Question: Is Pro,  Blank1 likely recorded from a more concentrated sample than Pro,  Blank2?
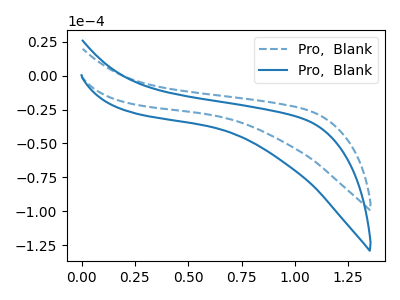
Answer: <think>The blue dashed curve "Pro,  Blank1" has no peaks. The blue curve "Pro,  Blank2" has no peaks.
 Neither "Pro,  Blank1" or "Pro,  Blank2" have any peaks.</think>
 <answer>I cant tell if "Pro,  Blank1" or "Pro,  Blank2" has more signal.</answer>
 <eval>mixed_signal</eval>